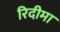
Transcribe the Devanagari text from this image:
रिदीमा